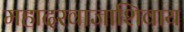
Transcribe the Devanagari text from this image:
महादरवाजाशिवाय